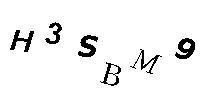
H3SBM9